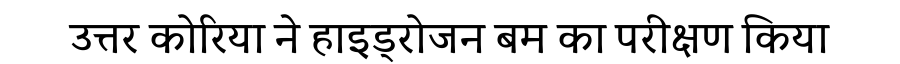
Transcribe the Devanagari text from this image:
उत्तर कोरिया ने हाइड्रोजन बम का परीक्षण किया